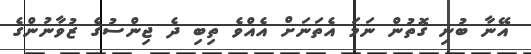
އޭނާ ބުނި ގޮތުން ނަމަ އެތަނަށް އެއްވެ ތިބި ދެ ޖިންސުގެ ޒުވާނުންގެ